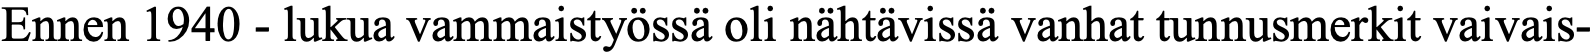
Ennen 1940 - lukua vammaistyössä oli nähtävissä vanhat tunnusmerkit vaivais-